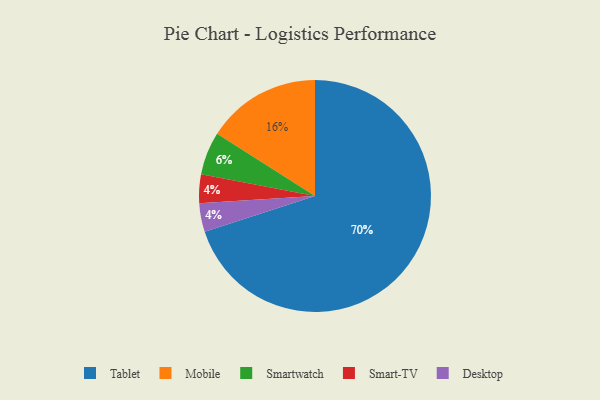
{"axis": {"x": "Category", "y": "Percentage"}, "legend": ["Desktop", "Mobile", "Smart-TV", "Smartwatch", "Tablet"], "data": [{"x": "Tablet", "y": 70, "type": "Tablet"}, {"x": "Smart-TV", "y": 4, "type": "Smart-TV"}, {"x": "Desktop", "y": 4, "type": "Desktop"}, {"x": "Mobile", "y": 16, "type": "Mobile"}, {"x": "Smartwatch", "y": 6, "type": "Smartwatch"}]}